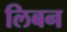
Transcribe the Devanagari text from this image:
लिबन